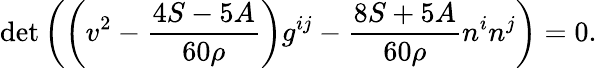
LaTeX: {\operatorname*{det}}\left(\left(v^{2}-\frac{4S-5A}{60\rho}\right)g^{ij}-\frac{8S+5A}{60\rho}n^{i}n^{j}\right)=0.